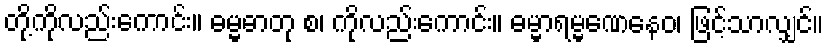
တို့ကိုလည်းကောင်း။ ဓမ္မဓာတု စ၊ ကိုလည်းကောင်း။ ဓမ္မာရမ္မဏေနေဝ၊ ဖြင့်သာလျှင်။